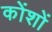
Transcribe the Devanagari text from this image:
कोंशों